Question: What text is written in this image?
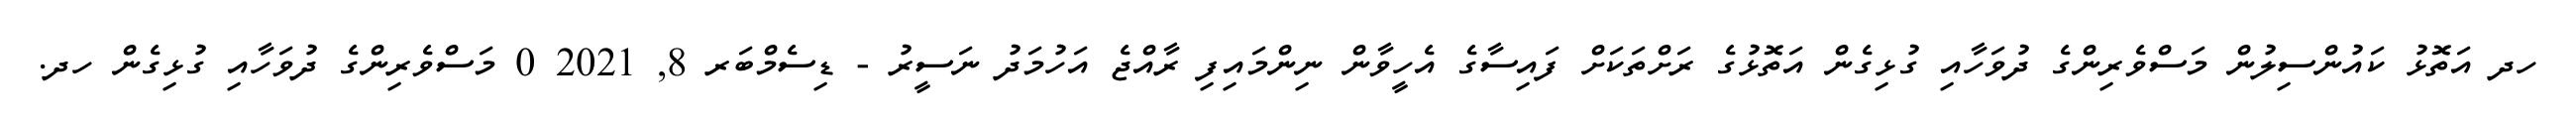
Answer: ހދ އަތޮޅު ކައުންސިލުން މަސްވެރިންގެ ދުވަހާއި ގުޅިގެން އަތޮޅުގެ ރަށްތަކަށް ފައިސާގެ އެހީވާން ނިންމައިފި ރާއްޖެ އަހުމަދު ނަސީރު - ޑިސެމްބަރ 8, 2021 0 މަސްވެރިންގެ ދުވަހާއި ގުޅިގެން ހދ.